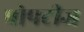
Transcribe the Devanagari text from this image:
प्रोपटीज